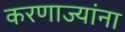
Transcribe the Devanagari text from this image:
करणाज्यांना